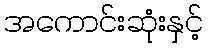
အကောင်းဆုံးနှင့်